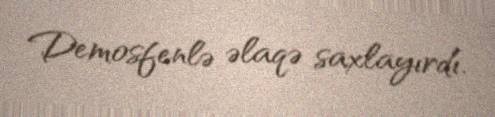
Demosfenlə əlaqə saxlayırdı.